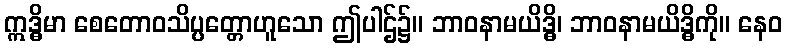
ဣဒ္ဓိမာ စေတောဝသိပ္ပတ္တောဟူသော ဤပါဌ်၌။ ဘာဝနာမယိဒ္ဓိ၊ ဘာဝနာမယိဒ္ဓိကို။ နေဝ